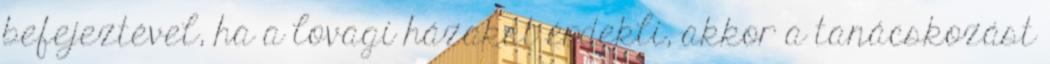
befejeztével, ha a lovagi házakat érdekli, akkor a tanácskozást